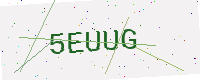
Text: 5EUUG